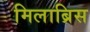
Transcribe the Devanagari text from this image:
मिलाब्रिस